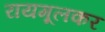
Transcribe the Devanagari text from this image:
रायमूलकर